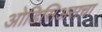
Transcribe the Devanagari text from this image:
ओडिसिअसचा